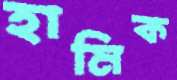
হামিক